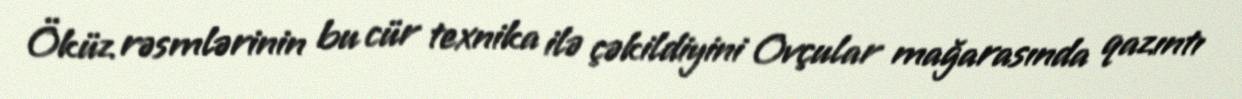
Öküz rəsmlərinin bu cür texnika ilə çəkildiyini Ovçular mağarasında qazıntı